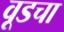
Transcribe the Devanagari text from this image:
वूडचा